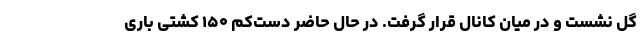
گل نشست و در میان کانال قرار گرفت. در حال حاضر دست‌کم ۱۵۰ کشتی باری